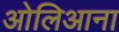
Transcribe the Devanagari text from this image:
ओलिआना